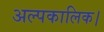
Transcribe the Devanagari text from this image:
अल्पकालिक।